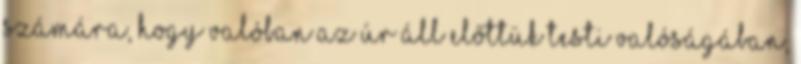
számára, hogy valóban az Úr áll előttük testi valóságában,